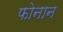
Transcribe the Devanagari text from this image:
फोनान